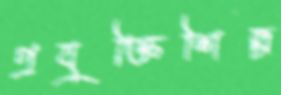
প্রযুক্তিশিল্প